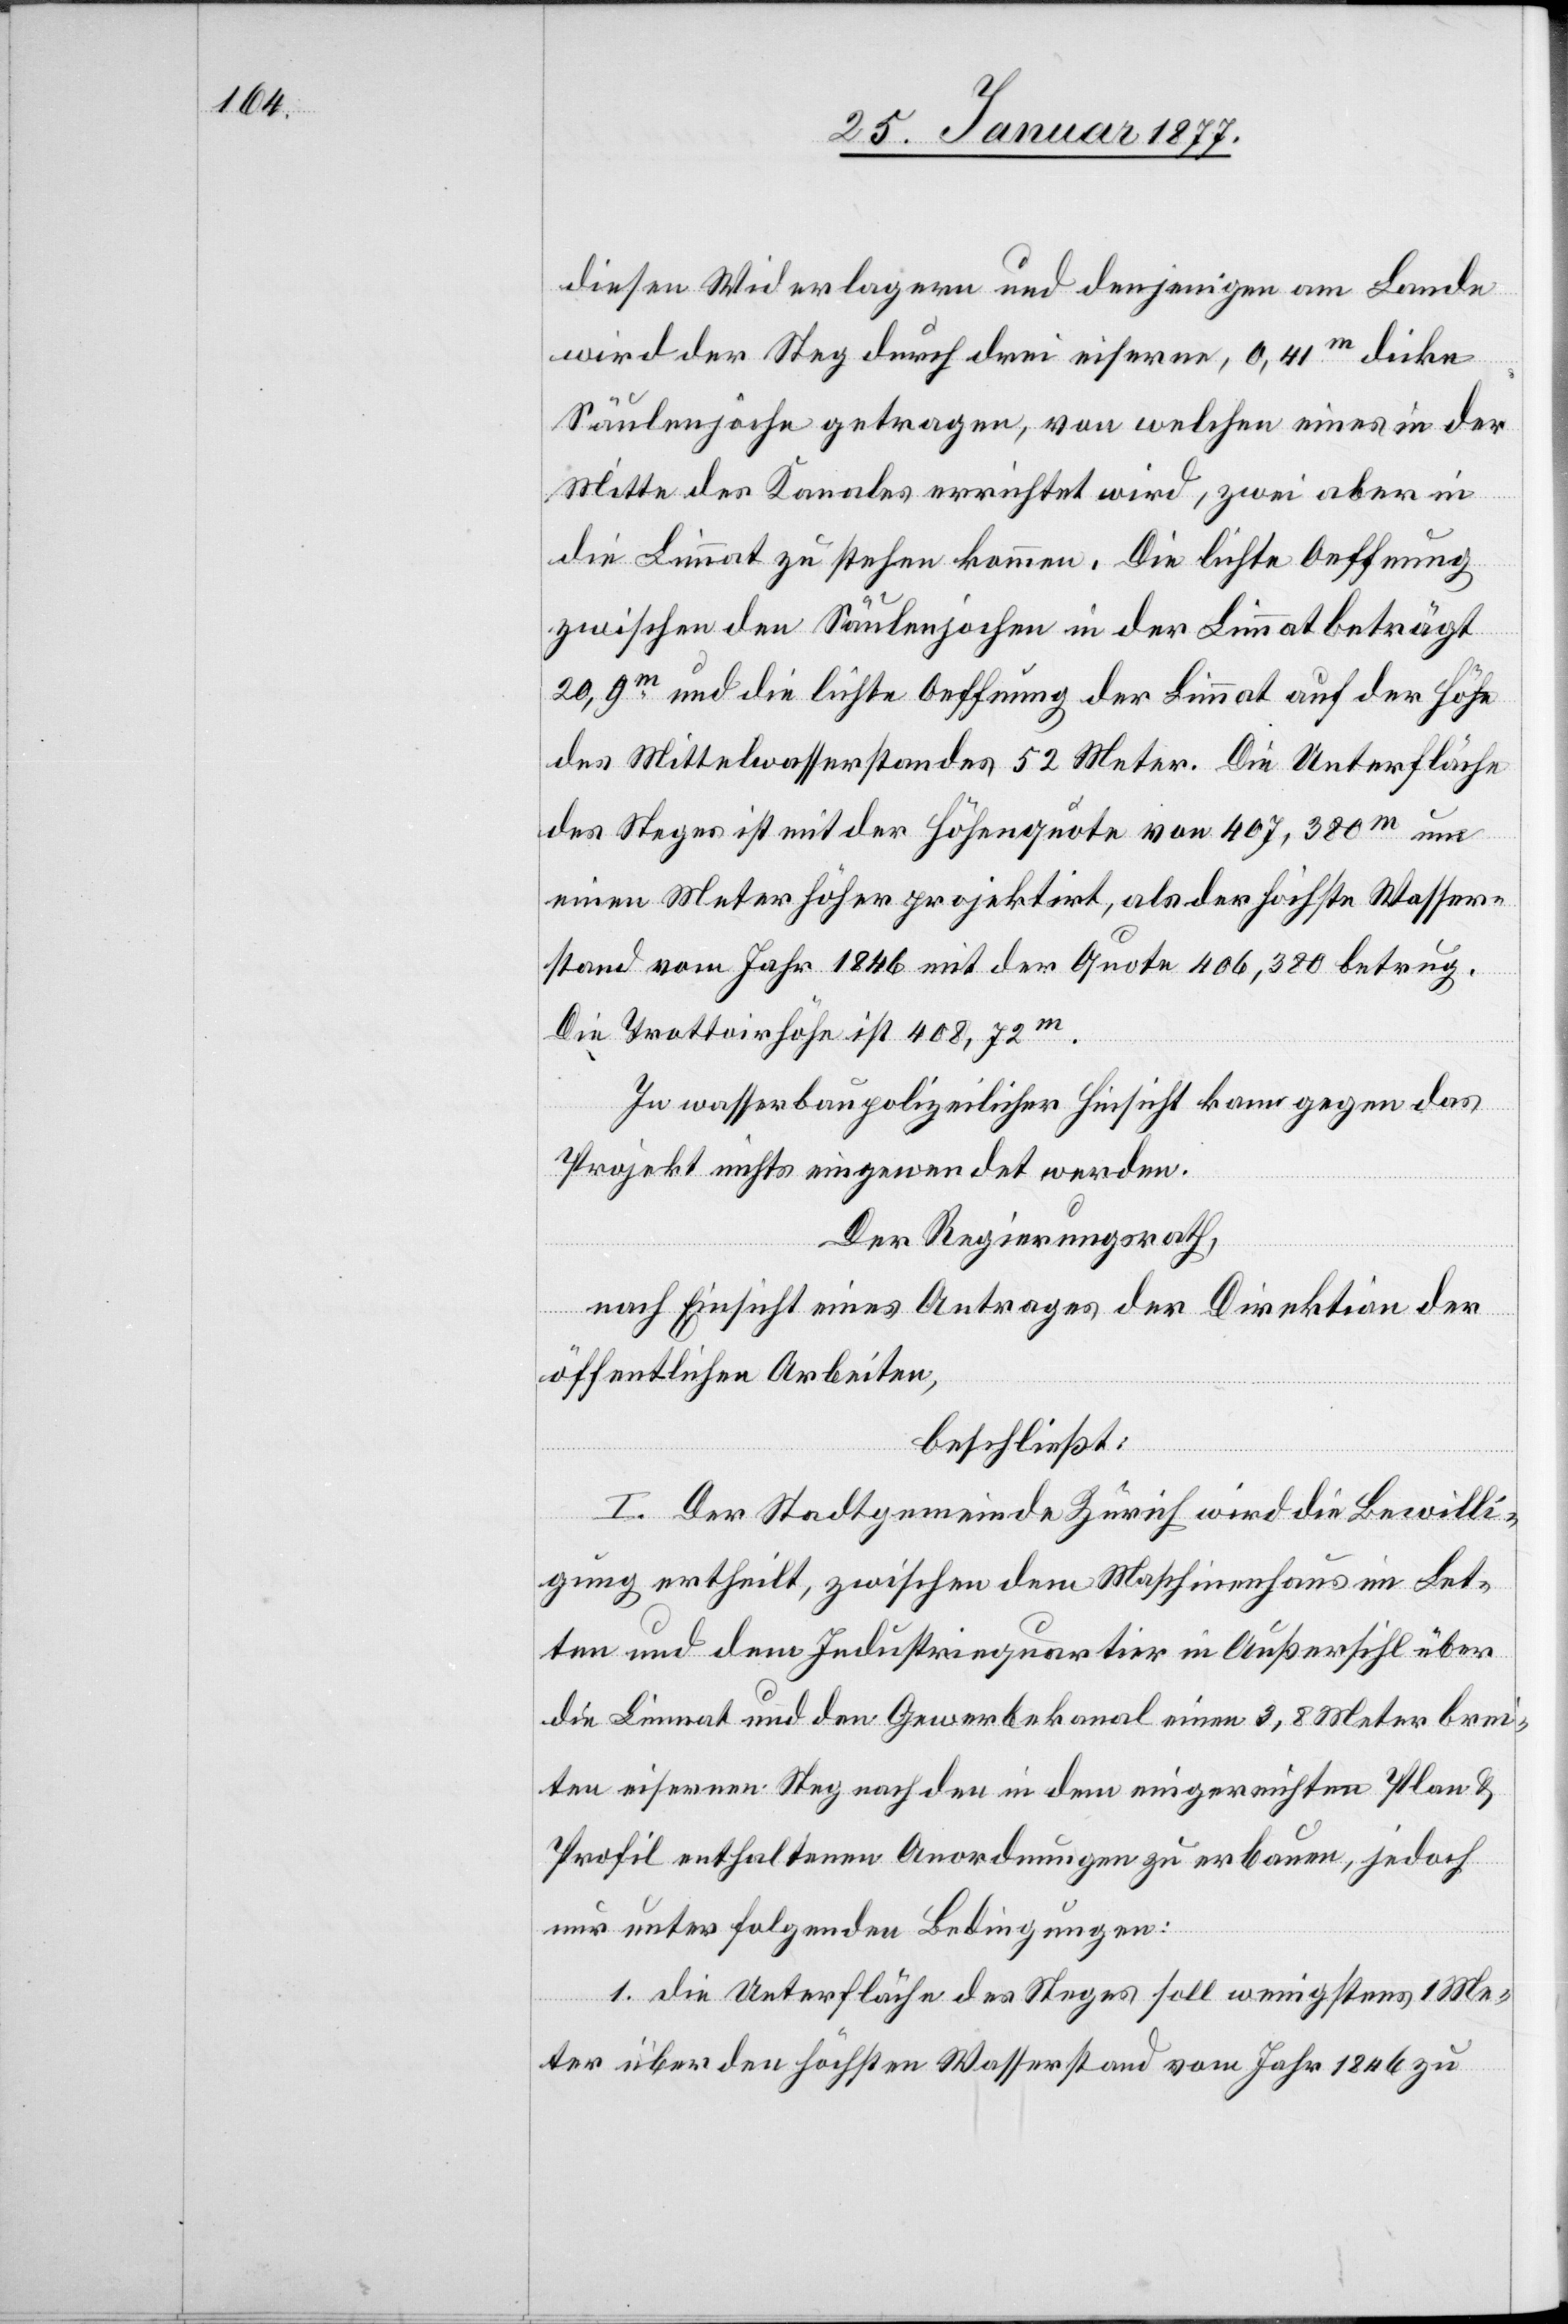
diesen Widerlagern und denjenigen am Lande
wird der Steg durch drei eiserne, 0,41m dicke
Säulenjoche getragen, von welchen eines in der
Mitte des Kanales errichtet wird, zwei aber in
die Limmat zu stehen kommen. Die lichte Oeffnung
zwischen den Säulenjochen in der Limmat beträgt
20,9m und die lichte Oeffnung der Limmat auf der Höhe
des Mittelwasserstandes 52 Meter. Die Unterfläche
des Steges ist mit der Höhenquote von 407,380m um
einen Meter höher projektirt, als der höchste Wasser¬
stand vom Jahr 1846 mit der Quote 406,380 betrug.
Die Trottoirhöhe ist 408,72m.
In wasserbaupolizeilicher Hinsicht kann gegen das
Projekt nichts eingewendet werden.
Der Regierungsrath,
nach Einsicht eines Antrages der Direktion der
öffentlichen Arbeiten,
beschließt:
I. Der Stadtgemeinde Zürich wird die Bewilli¬
gung ertheilt, zwischen dem Maschinenhaus im Let¬
ten und dem Industriequartier in Außersihl über
die Limmat und den Gewerbekanal einen 3,8 Meter brei¬
ten eisernen Steg nach den in dem eingereichten Plan &
Profil enthaltenen Anordnungen zu erbauen, jedoch
unter folgenden Bedingungen:
1. die Unterfläche des Steges soll wenigstens 1 Me¬
ter über den höchsten Wasserstand vom Jahr 1846 zu